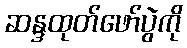
ဆန္ဒထုတ်ဖော်ပွဲကို